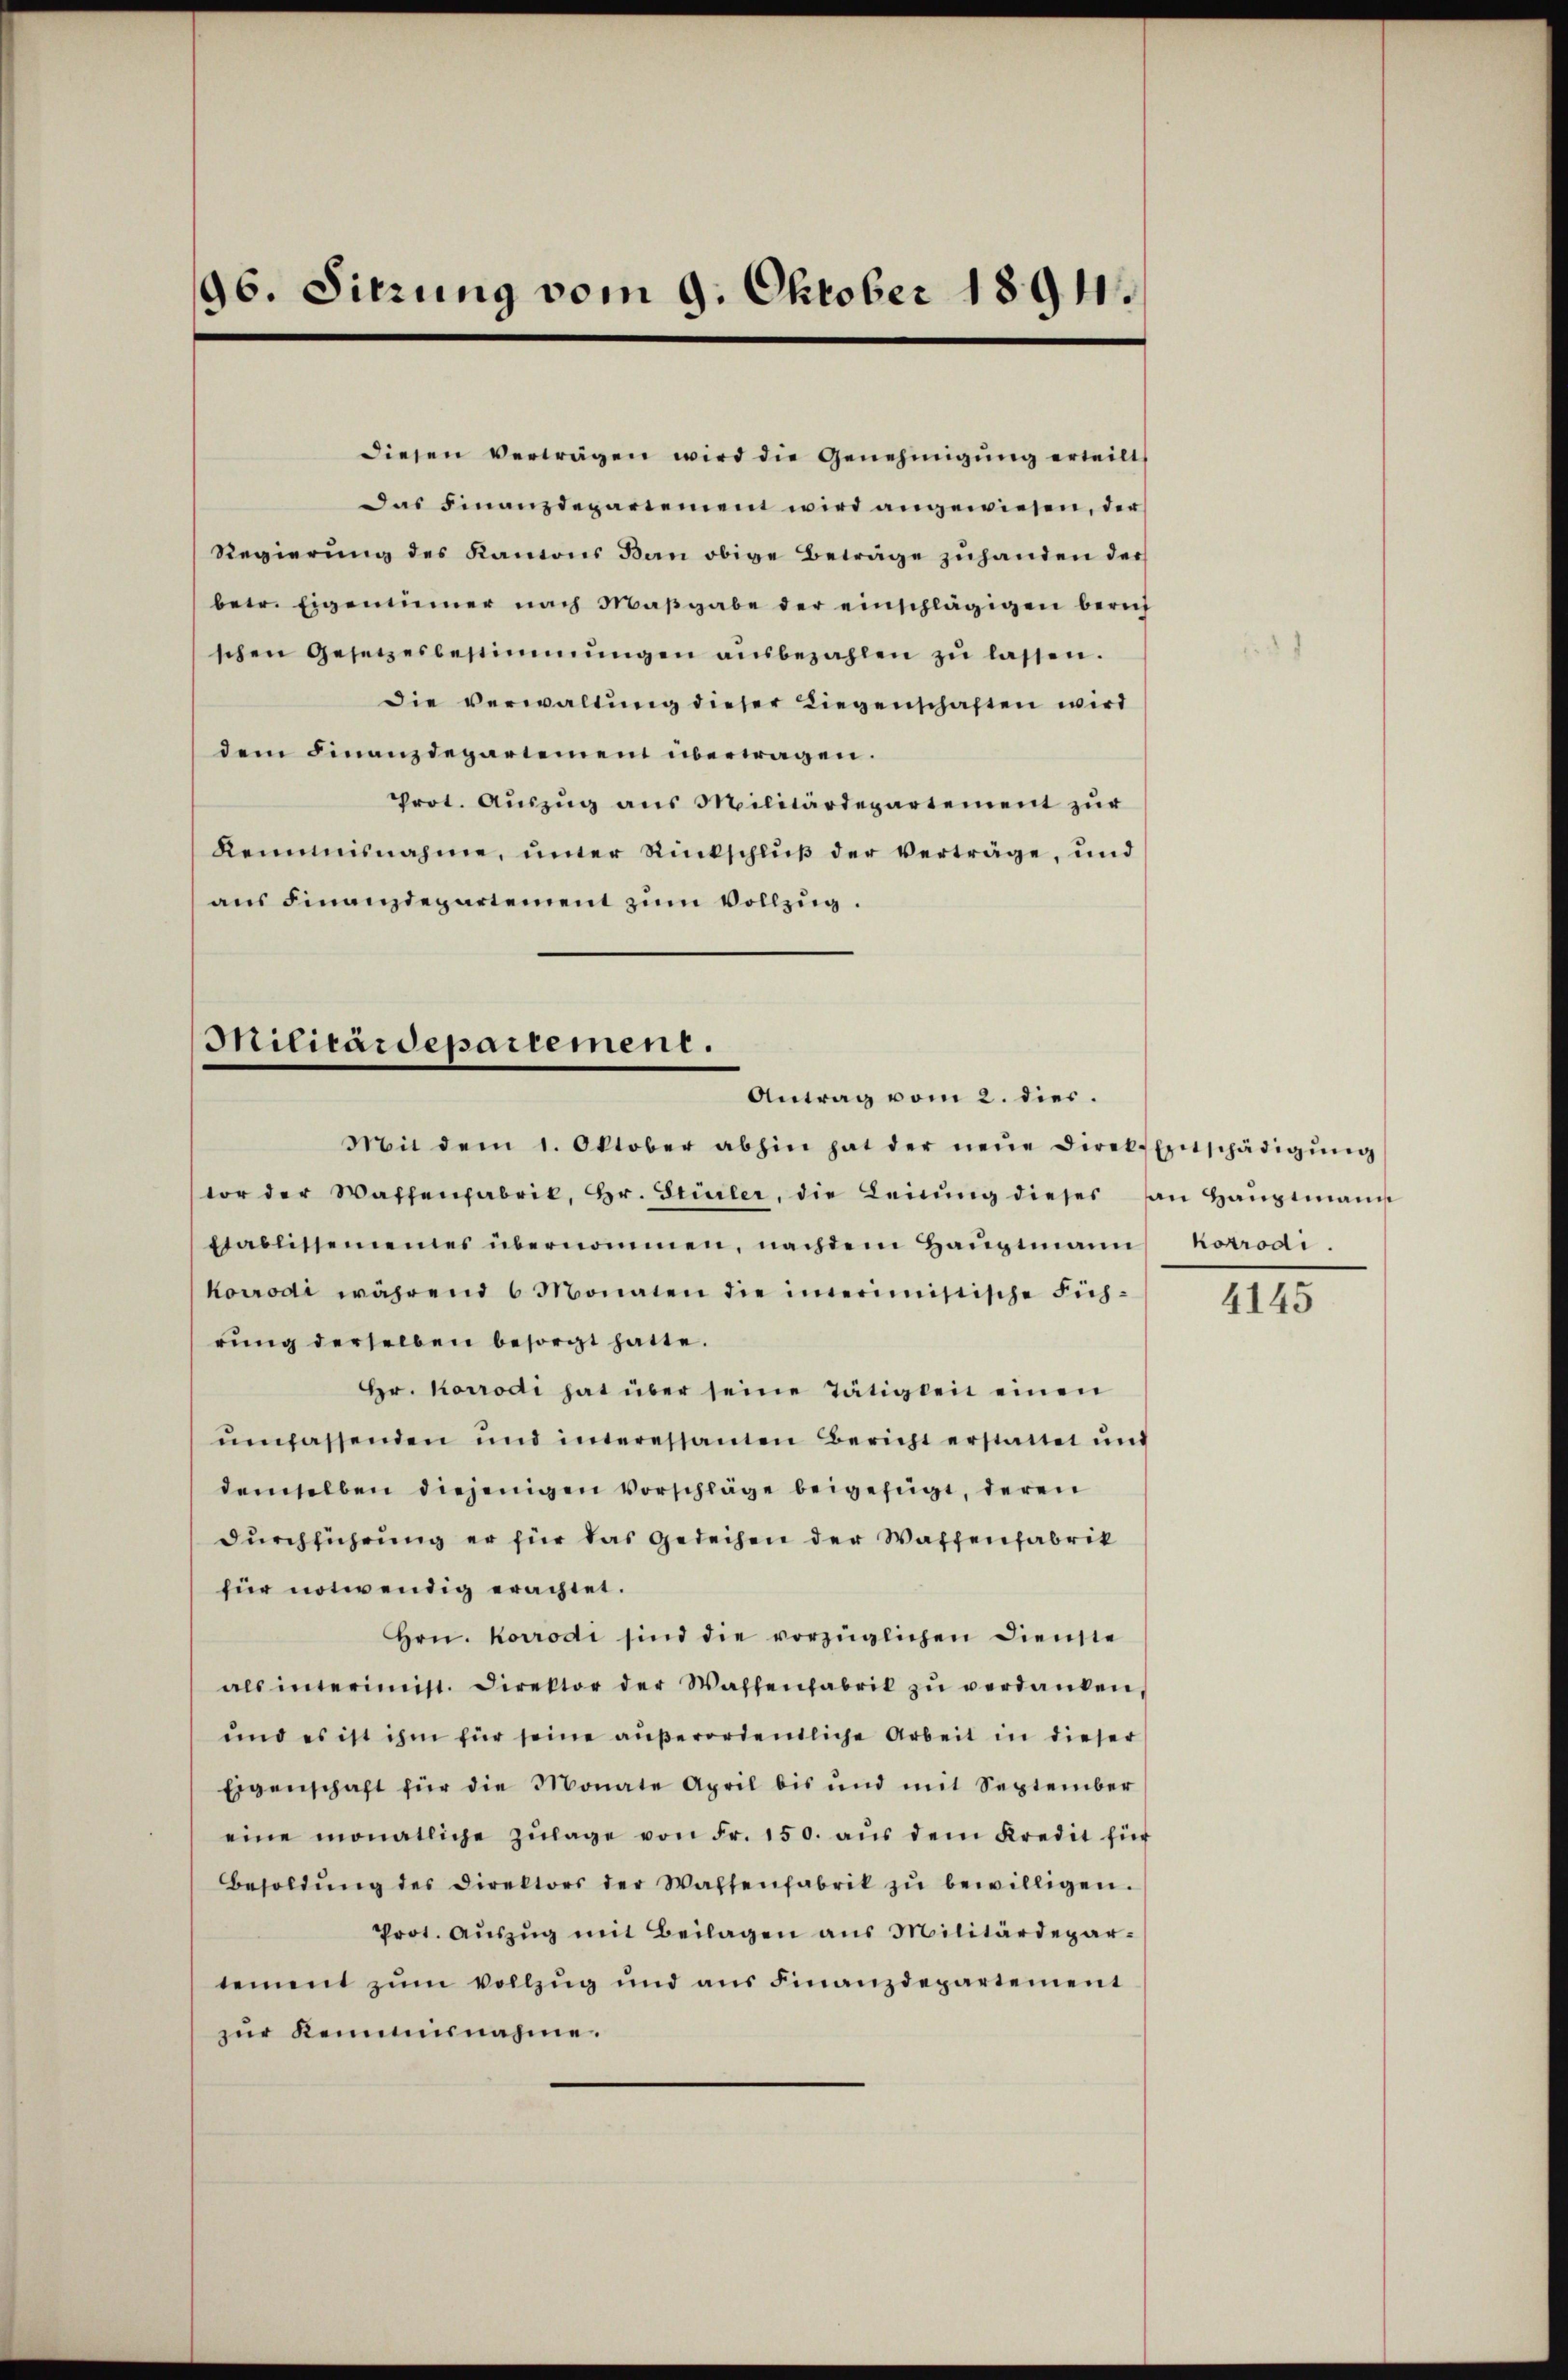
96. Sitzung vom 9. Oktober 1894.

diesen vertragen wird die Genehmigŭng erteilt,
Das Finanzdepartement wird angewiesen, der
Regierŭng des Kantons Ban obige Beträge zŭhanden der
betr. Eigentümer nach Maβgabe der einschlägigen berich
schen Gesetzesbestimmungen aŭsbezahlen zŭ lassen.
Die verwaltung dieser Liegenschaften wird
dem Finanzdepartement übertragen.
Prot. Auszug aus Militärdepartement zur
Keimisnahme, unter Rückschluß der verträge, und
ans Finanzdepartement zum Vollzug.

Militärdepartement.
Antrag vom 2. dies.

Mit dem 1. Oktober abhin hat der neŭe Direk-Entschädigŭng
tor der Waffenfabrik, Hr. Stürler, die Leinŭng dieses an Haŭptmann
tablissemeines übernommen, nachdem Haŭptmann Korrodi
korrodi während 6 Monaten die immerimistische Führŭng derselben besorgt hatte.
Hr. Korrodi hat über seine Tätigkeit einen
ŭmpassenden und imeressanten Bericht erstattet und
demselben diejenigen Vorschläge beigefügt, deren
durchführung er für das Gedeihen der Waffenfabrik
für notwendig erachtet.
Hrn. Korrodi sind die vorzüglichen Dienste
als interimist. Direktor der Waffenfabrik zŭ verdanken.
und es ist ihm für seine außerordentliche Arbeit in dieser
Eigenschaft für die Monate April bis und mit September
eine monatliche Zŭlage von Fr. 150. aŭs dem Kredit für
Besoldŭng des Direktors der Waffenfabrik zŭ bewilligen.
Prot. Aŭszŭg mit Beilagen aus Militärdepar-
tement zŭm vollzŭg und aŭs Finanzdepartement
zŭr Keimisnahme.

4145